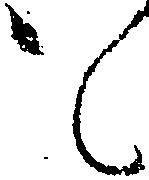
も